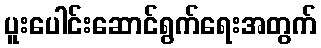
ပူးပေါင်းဆောင်ရွက်ရေးအတွက်